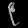
Digit: ၉